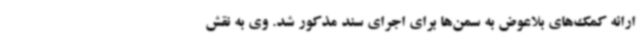
ارائه کمک‌های بلاعوض به سمن‌ها برای اجرای سند مذکور شد. وی به نقش